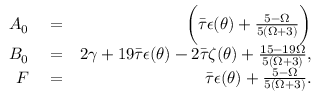
\begin{array} { r l r } { A _ { 0 } } & { { } = } & { \bigg ( \Bar { \tau } \epsilon ( \theta ) + \frac { 5 - \Omega } { 5 ( \Omega + 3 ) } \bigg ) } \\ { B _ { 0 } } & { { } = } & { 2 \gamma + 1 9 \Bar { \tau } \epsilon ( \theta ) - 2 \Bar { \tau } \zeta ( \theta ) + \frac { 1 5 - 1 9 \Omega } { 5 ( \Omega + 3 ) } , } \\ { F } & { { } = } & { \Bar { \tau } \epsilon ( \theta ) + \frac { 5 - \Omega } { 5 ( \Omega + 3 ) } . } \end{array}